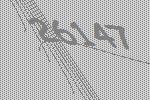
26147